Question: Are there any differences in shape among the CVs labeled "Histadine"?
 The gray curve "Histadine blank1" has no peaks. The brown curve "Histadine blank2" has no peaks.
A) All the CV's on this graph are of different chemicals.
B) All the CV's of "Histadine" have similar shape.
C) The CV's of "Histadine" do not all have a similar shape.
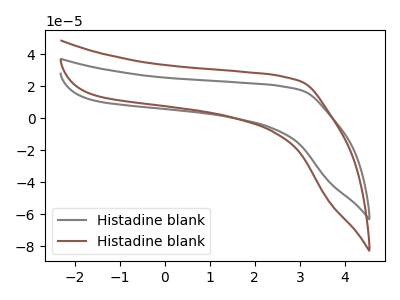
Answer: <think>Neither "Histadine blank1" or "Histadine blank2" have any peaks.
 </think>
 <answer>B) All the CV's of "Histadine" have similar shape.</answer>
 <eval>B</eval>